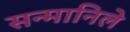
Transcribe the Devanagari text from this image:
सन्मानिले